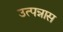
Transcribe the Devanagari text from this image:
उत्पन्नास